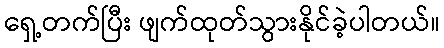
ရှေ့တက်ပြီး ဖျက်ထုတ်သွားနိုင်ခဲ့ပါတယ်။